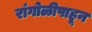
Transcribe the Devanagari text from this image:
रांगोळीपाहून